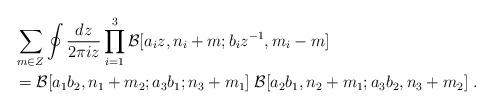
LaTeX: \begin{align*} & \sum_{m\in Z} \oint \frac{d z}{2 \pi i z} \prod_{i=1}^3 {\mathcal B}[ a_i z, n_i+m; b_i z^{-1}, m_i-m] \\ & = {\mathcal B}[a_1 b_2, n_1+m_2; a_3 b_1; n_3+m_1] \; {\mathcal B}[a_2 b_1, n_2+m_1; a_3 b_2, n_3+m_2] \;.\end{align*}